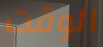
الوقت